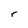
Character: r